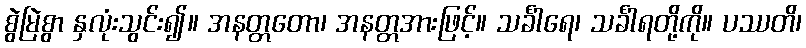
စွဲမြဲစွာ နှလုံးသွင်း၍။ အနတ္တတော၊ အနတ္တအားဖြင့်။ သင်္ခါရေ၊ သင်္ခါရတို့ကို။ ပဿတိ၊